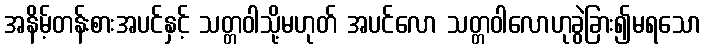
အနိမ့်တန်းစားအပင်နှင့် သတ္တဝါသို့မဟုတ် အပင်လော သတ္တဝါလောဟုခွဲခြား၍မရသော